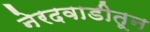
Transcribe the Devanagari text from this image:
नेरदवाडीतून